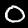
Label: 0